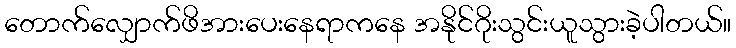
တောက်လျှောက်ဖိအားပေးနေရာကနေ အနိုင်ဂိုးသွင်းယူသွားခဲ့ပါတယ်။